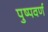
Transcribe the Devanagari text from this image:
पुष्पवर्ण